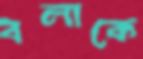
বলাকে